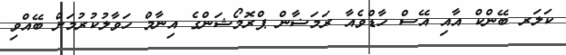
ކަލަރ ބޭންކް އާއި އޭސް ހާޑްވެއާ ރަމަޟާން ޕްރޮމޯޝަންގެ އިނާމް ހަވާލުކުރުމަށް ބޭއްވި